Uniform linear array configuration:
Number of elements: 12
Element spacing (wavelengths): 1
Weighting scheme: kaiser
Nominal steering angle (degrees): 15
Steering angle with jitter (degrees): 14.379
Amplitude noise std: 0.05
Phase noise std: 0.05

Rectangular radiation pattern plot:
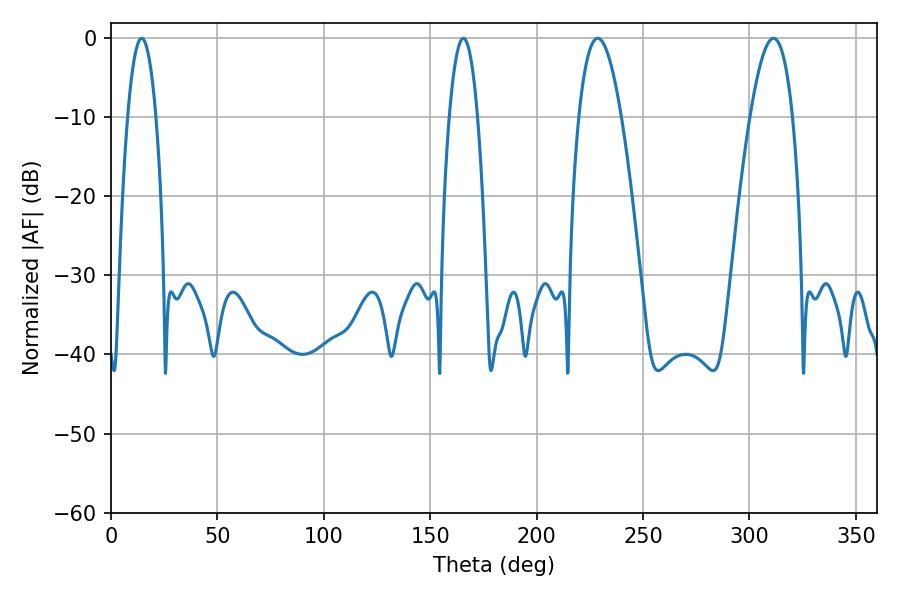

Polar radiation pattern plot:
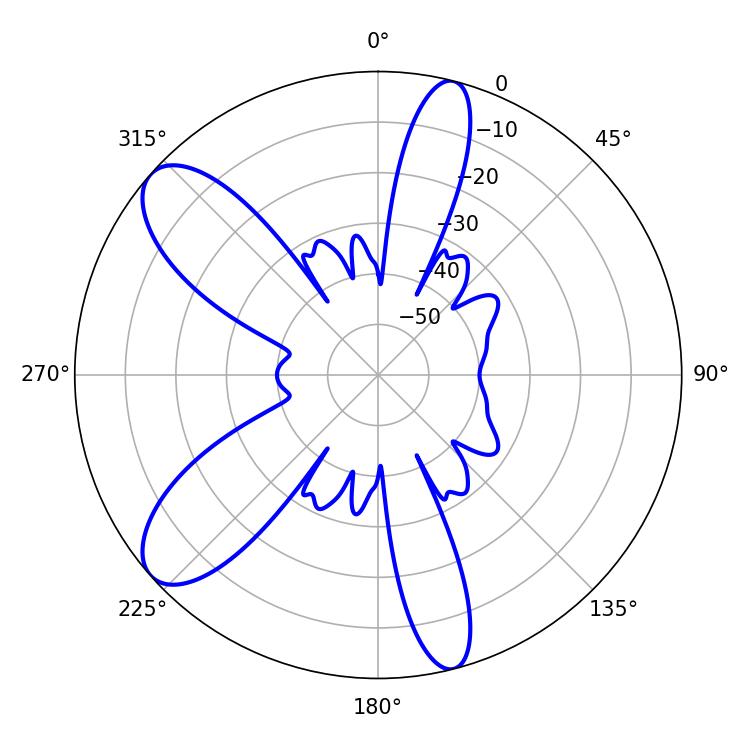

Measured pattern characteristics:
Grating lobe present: TRUE
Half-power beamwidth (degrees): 7.38
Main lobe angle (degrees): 14.4